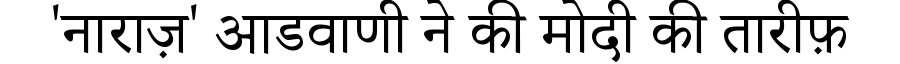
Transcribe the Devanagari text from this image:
'नाराज़' आडवाणी ने की मोदी की तारीफ़